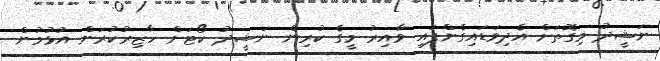
ނަޝީދު މިގޮތަށް އެދިވަޑައިގެންފައި ވާއިރު މީގެ ކުރިން ނަޝީދު ކޯޓަށް ހާޒިރުކުރަން އުޅުމުން